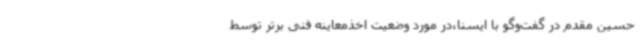
حسین مقدم در گفت‌وگو با ایسنا،در مورد وضعیت اخذمعاینه فنی برتر توسط